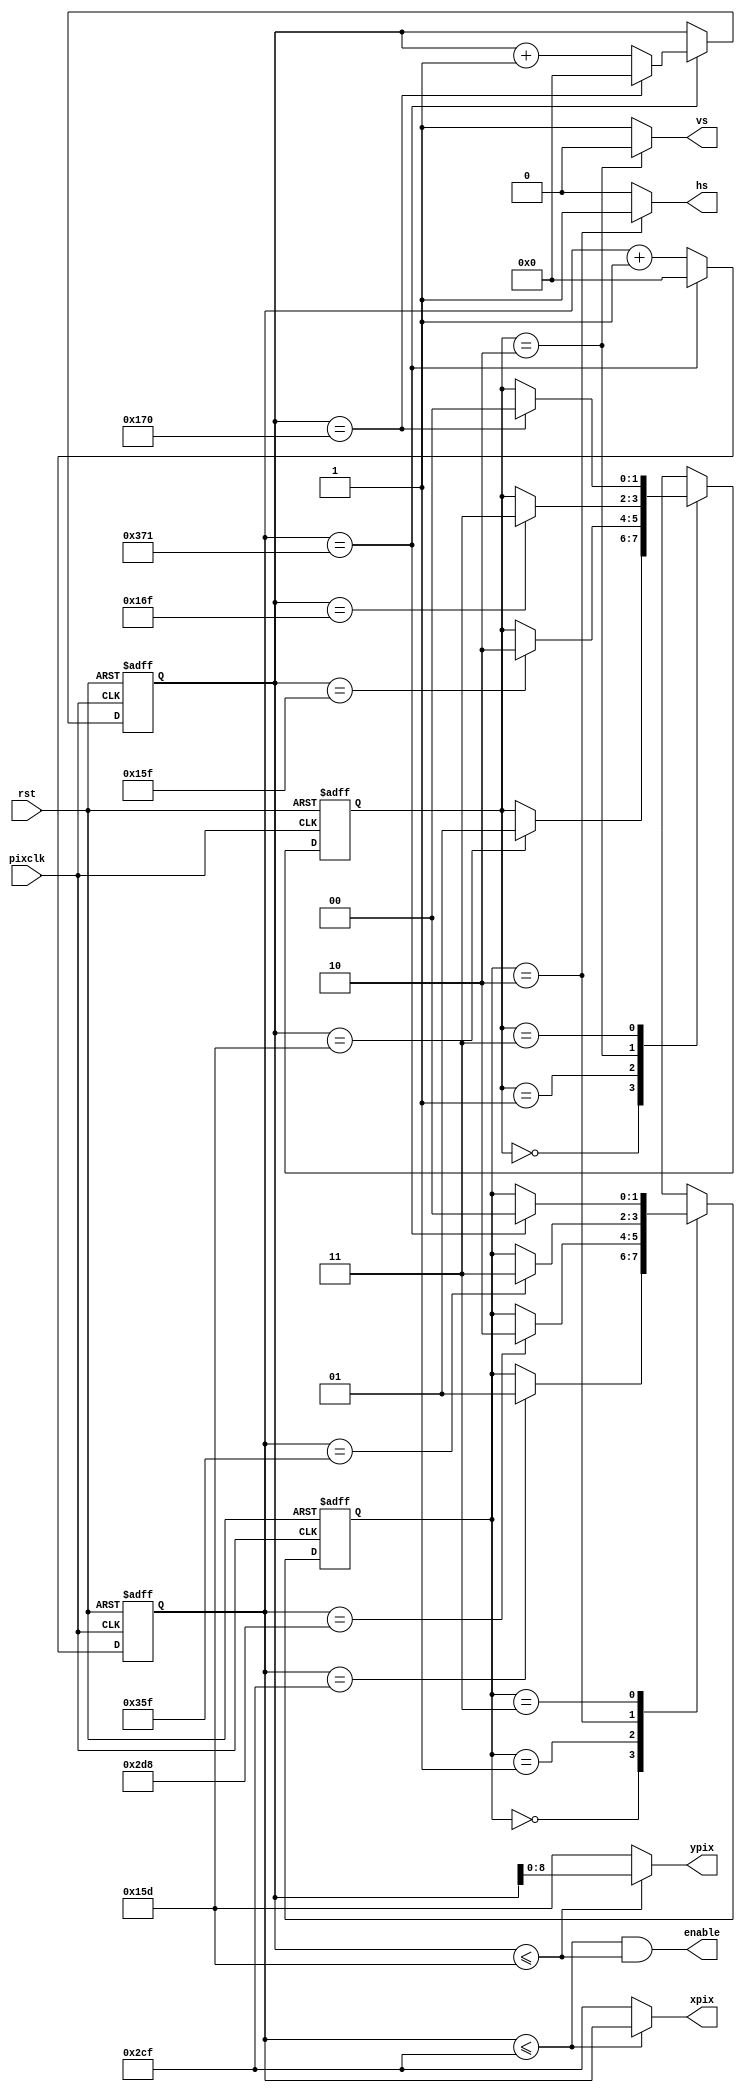
module videogen (
	input rst,
	input pixclk,
	output hs,
	output vs,
	output wire [9:0] xpix,
	output wire [8:0] ypix,
	output enable
);

parameter HA_END = 719;
parameter HS_STA = HA_END + 9;
parameter HS_END = HS_STA + 135;
parameter LINE   = 881;

parameter VA_END = 349;
parameter VS_STA = VA_END + 2;
parameter VS_END = VS_STA + 16;
parameter SCREEN = 368;

reg [9:0] hcounter = 0;
reg [9:0] vcounter = 0;

parameter H_ACTIVE = 2'b00;
parameter H_BLANK1 = 2'b01;
parameter H_SYNC   = 2'b10;
parameter H_BLANK2 = 2'b11;

reg [1:0] h_state, h_next_state;

parameter V_ACTIVE = 2'b00;
parameter V_BLANK1 = 2'b01;
parameter V_SYNC   = 2'b10;
parameter V_BLANK2 = 2'b11;

reg [1:0] v_state, v_next_state;

/*

initial begin
	hs <= 0;
	vs <= 1;
end

always @(posedge rst) begin
	if(rst) begin
		hs	 <= 0;
		vs	 <= 1;
		hcounter <= 0;
		vcounter <= 0;
	end
end

always @(posedge pixclk)
	if(hcounter == LINE)
		hcounter <= 0;
	else
		hcounter <= hcounter + 1;

always @(posedge pixclk)
	if(hcounter == LINE && vcounter == SCREEN)
		vcounter <= 0;
	else if(hcounter == LINE)
		vcounter <= vcounter + 1;

always @(posedge pixclk)
	if(hcounter == HS_STA)
		hs <= 1;
	else if(hcounter == HS_END)
		hs <= 0;

always @(posedge pixclk)
	if(vcounter == VS_STA)
		vs <= 0;
	else if(vcounter == VS_END)
		vs <= 1;

assign enable = (hcounter <= HA_END && vcounter <= VA_END);
assign xpix = (hcounter <= HA_END) ? hcounter : HA_END;
assign ypix = (vcounter <= VA_END) ? vcounter[8:0] : VA_END;
	
*/

assign enable = (hcounter <= HA_END && vcounter <= VA_END);
assign xpix = (hcounter <= HA_END) ? hcounter : HA_END;
assign ypix = (vcounter <= VA_END) ? vcounter[8:0] : VA_END;

always @(posedge pixclk or posedge rst) begin
	if (rst) begin
		hcounter <= 0;
		vcounter <= 0;
	end else begin
		if (hcounter == LINE)
			hcounter <= 0;
		else
			hcounter <= hcounter + 1;

		if (hcounter == LINE) begin
			if (vcounter == SCREEN)
				vcounter <= 0;
			else
				vcounter <= vcounter + 1;
		end
	end
end


always @(posedge pixclk or posedge rst) begin
	if (rst)
		h_state <= H_ACTIVE;
	else
		h_state <= h_next_state;
end

always @(*) begin
	case (h_state)
		H_ACTIVE:
			if (hcounter == HA_END)
				h_next_state = H_BLANK1;
			else
				h_next_state = h_state;
		H_BLANK1: 
			if (hcounter == HS_STA) 
				h_next_state = H_SYNC;
			else
				h_next_state = h_state;
		
		H_SYNC: 
			if (hcounter == HS_END) 
				h_next_state = H_BLANK2;
			else
				h_next_state = h_state;
		
		H_BLANK2: 
			if (hcounter == LINE)
				h_next_state = H_ACTIVE;
			else
				h_next_state = h_state;
	endcase
end

always @(posedge pixclk or posedge rst) begin
	if (rst)
		v_state <= V_ACTIVE;
	else
		v_state <= v_next_state;
end

always @(*) begin
	case (v_state)
		V_ACTIVE:
			if (vcounter == VA_END)
				v_next_state = V_BLANK1;
			else
				v_next_state = v_state;
		V_BLANK1: 
			if (vcounter == VS_STA) 
				v_next_state = V_SYNC;
			else
				v_next_state = v_state;
		
		V_SYNC: 
			if (vcounter == VS_END) 
				v_next_state = V_BLANK2;
			else
				v_next_state = v_state;
		
		V_BLANK2: 
			if (vcounter == SCREEN)
				v_next_state = V_ACTIVE;
			else
				v_next_state = v_state;
	endcase
end

assign hs = (h_state == H_SYNC) ? 1'b1 : 1'b0;
assign vs = (v_state == V_SYNC) ? 1'b0 : 1'b1;	// Watch out! VSYNC is active high

endmodule